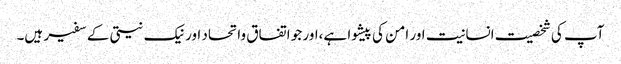
آپ کی شخصیت انسانیت اور امن کی پیشوا ہے،اور جو اتفاق واتحاد اور نیک نیتی کے سفیر ہیں۔